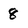
Character: 8